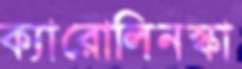
ক্যারোলিনস্কা